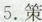
5.策